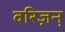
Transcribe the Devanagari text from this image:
वरिज़न्